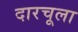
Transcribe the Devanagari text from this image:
दारचूला